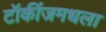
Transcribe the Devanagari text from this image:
टॉकींजमधला